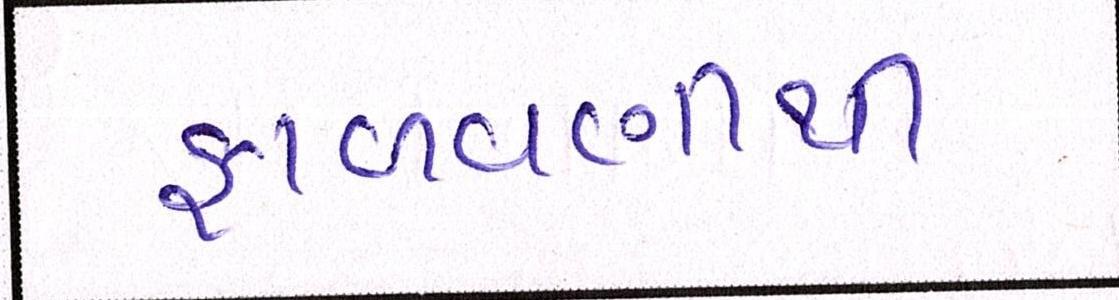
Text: ફાળવણીથી